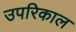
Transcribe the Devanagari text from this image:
उपरिकाल